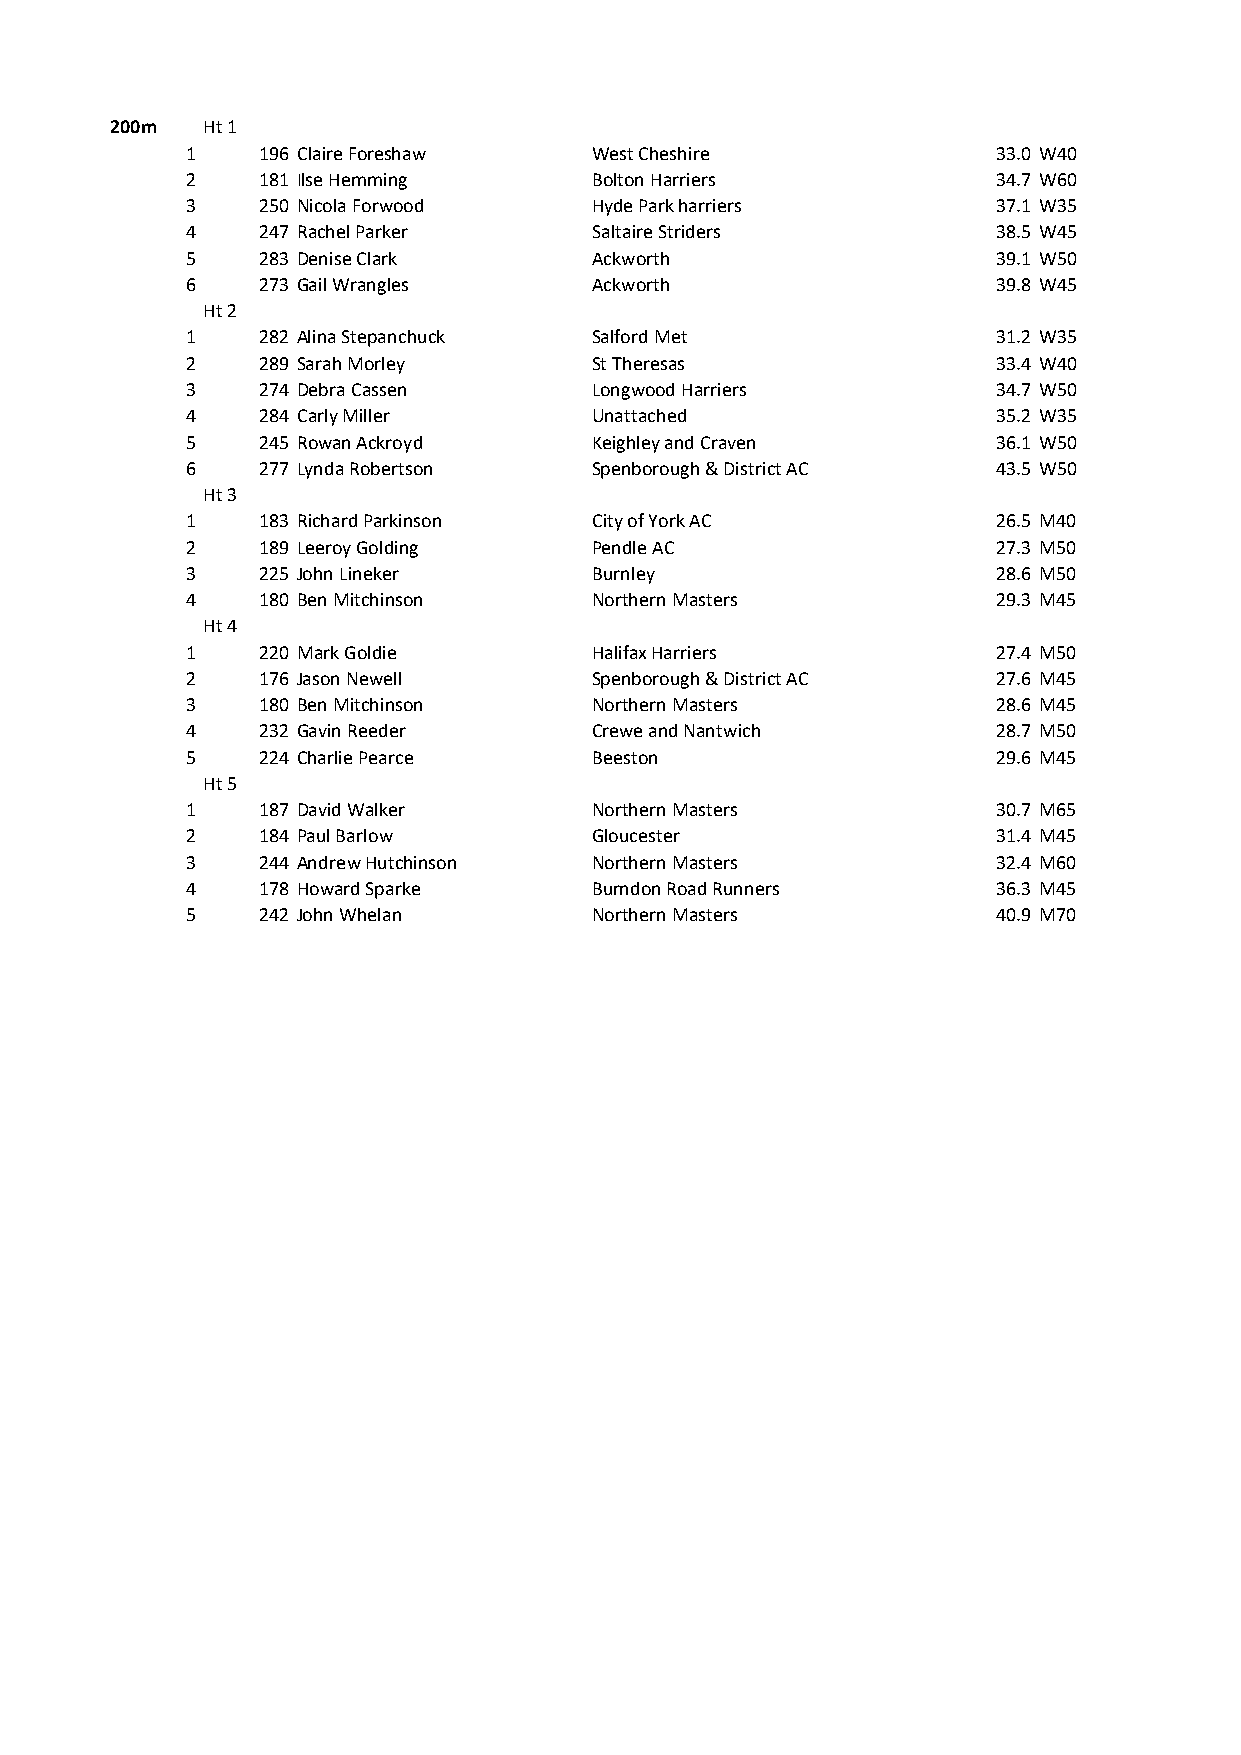
200m  Ht 1
 1    196 Claire Foreshaw   West Cheshire              33.0 W40
 2    181 Ilse Hemming      Bolton Harriers            34.7 W60
 3    250 Nicola Forwood    Hyde Park harriers         37.1 W35
 4    247 Rachel Parker     Saltaire Striders          38.5 W45
 5    283 Denise Clark      Ackworth                   39.1 W50
 6    273 Gail Wrangles     Ackworth                   39.8 W45
 Ht 2
 1    282 Alina Stepanchuck Salford Met                31.2 W35
 2    289 Sarah Morley      St Theresas                33.4 W40
 3    274 Debra Cassen      Longwood Harriers          34.7 W50
 4    284 Carly Miller      Unattached                 35.2 W35
 5    245 Rowan Ackroyd     Keighley and Craven        36.1 W50
 6    277 Lynda Robertson   Spenborough & District AC  43.5 W50
 Ht 3
 1    183 Richard Parkinson City of York AC            26.5 M40
 2    189 Leeroy Golding    Pendle AC                  27.3 M50
 3    225 John Lineker      Burnley                    28.6 M50
 4    180 Ben Mitchinson    Northern Masters           29.3 M45
 Ht 4
 1    220 Mark Goldie       Halifax Harriers           27.4 M50
 2    176 Jason Newell      Spenborough & District AC  27.6 M45
 3    180 Ben Mitchinson    Northern Masters           28.6 M45
 4    232 Gavin Reeder      Crewe and Nantwich         28.7 M50
 5    224 Charlie Pearce    Beeston                    29.6 M45
 Ht 5
 1    187 David Walker      Northern Masters           30.7 M65
 2    184 Paul Barlow       Gloucester                 31.4 M45
 3    244 Andrew Hutchinson Northern Masters           32.4 M60
 4    178 Howard Sparke     Burndon Road Runners       36.3 M45
 5    242 John Whelan       Northern Masters           40.9 M70